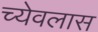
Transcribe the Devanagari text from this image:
च्येवलास